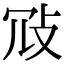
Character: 𢼀